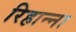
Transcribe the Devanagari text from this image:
रिहान्ना